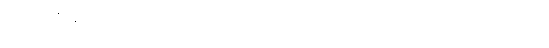
သတိကြီးစွာဖြင့် လှေကားထစ်တွေကို ခပ်သွက်သွက် လှမ်းတက်လာခဲ့သည်။